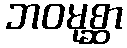
ဘဝမုစ္ဆာ